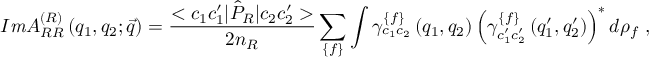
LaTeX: { \cal I } { \it m } { \cal A } _ { R R } ^ { \left( { \cal R } \right) } \left( q _ { 1 } , q _ { 2 } ; \vec { q } \right) = \frac { < c _ { 1 } c _ { 1 } ^ { \prime } | \hat { \cal { P } } _ { \cal R } | c _ { 2 } c _ { 2 } ^ { \prime } > } { 2 n _ { { \cal R } } } \sum _ { \left\{ f \right\} } \int \gamma _ { c _ { 1 } c _ { 2 } } ^ { \left\{ f \right\} } \left( q _ { 1 } , q _ { 2 } \right) \left( \gamma _ { c _ { 1 } ^ { \prime } c _ { 2 } ^ { \prime } } ^ { \left\{ f \right\} } \left( q _ { 1 } ^ { \prime } , q _ { 2 } ^ { \prime } \right) \right) ^ { \ast } d \rho _ { f } \mathrm { \ , }